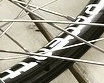
PACENTI